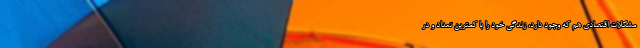
مشکلات اقتصادی هم که وجود دارد، زندگی خود را با کمترین تعداد و در